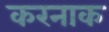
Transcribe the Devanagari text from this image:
करनाक